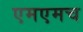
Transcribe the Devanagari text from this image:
एमएमच